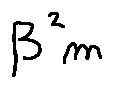
\beta _ { m } ^ { 2 }